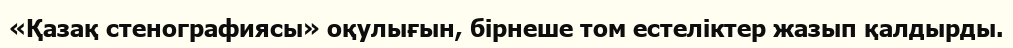
«Қазақ стенографиясы» оқулығын, бірнеше том естеліктер жазып қалдырды.